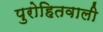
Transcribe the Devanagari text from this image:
पुरोहितवाली